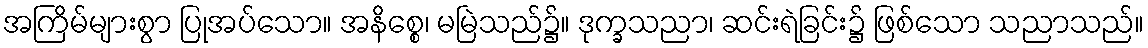
အကြိမ်များစွာ ပြုအပ်သော။ အနိစ္စေ၊ မမြဲသည်၌။ ဒုက္ခသညာ၊ ဆင်းရဲခြင်း၌ ဖြစ်သော သညာသည်။